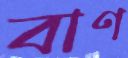
বাণ